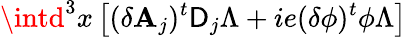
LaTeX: \intd^{3}x\left[(\delta\mathbf{A}_{j})^{t}\mathsf{D}_{j}\Lambda+ie(\delta\phi)^{t}\phi\Lambda\right]